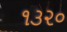
૧૩૨૦